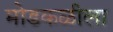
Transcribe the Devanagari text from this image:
मोडकळीला